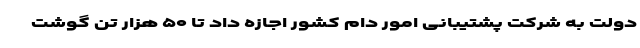
دولت به شرکت پشتیبانی امور دام کشور اجازه داد تا ۵۰ هزار تُن گوشت